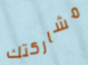
مشاركتك